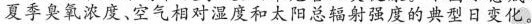
夏季臭氧浓度、空气相对湿度和太阳总辐射强度的典型日变化。